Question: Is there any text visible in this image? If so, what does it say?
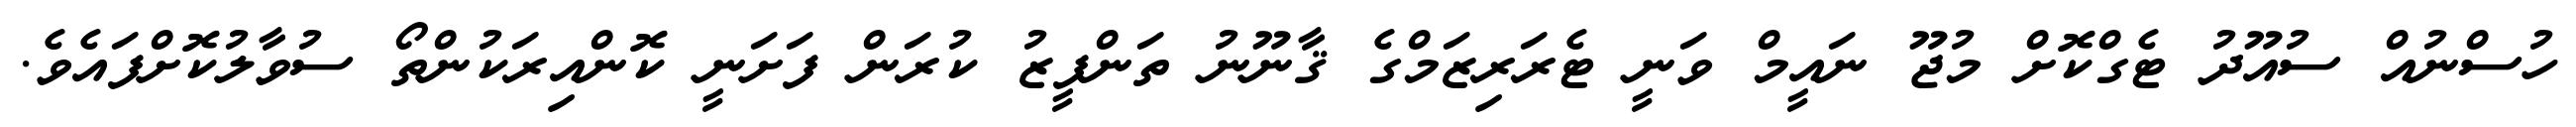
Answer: ހުސްނުއް ސުއޫދު ޓެގްކޮށް މުޖޫ ނައީމް ވަނީ ޓެރަރިޒަމްގެ ޤާނޫނު ތަންފީޒު ކުރަން ފަށަނީ ކޮންއިރަކުންތޯ ސުވާލުކޮށްފައެވެ.